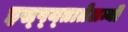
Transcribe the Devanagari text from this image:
इस्प्य्तातेलन्यी